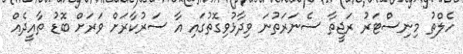
ހެލްތު މިނިސްޓަރު ރަޖީތާ ސެނަރަތުނަ ވިދާޅުވިގޮތުގައި އާ ސަރުކާރަށް ވަރަށް ބޮޑު ތާއީދެއް